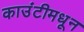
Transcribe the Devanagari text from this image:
काउंटीमधून